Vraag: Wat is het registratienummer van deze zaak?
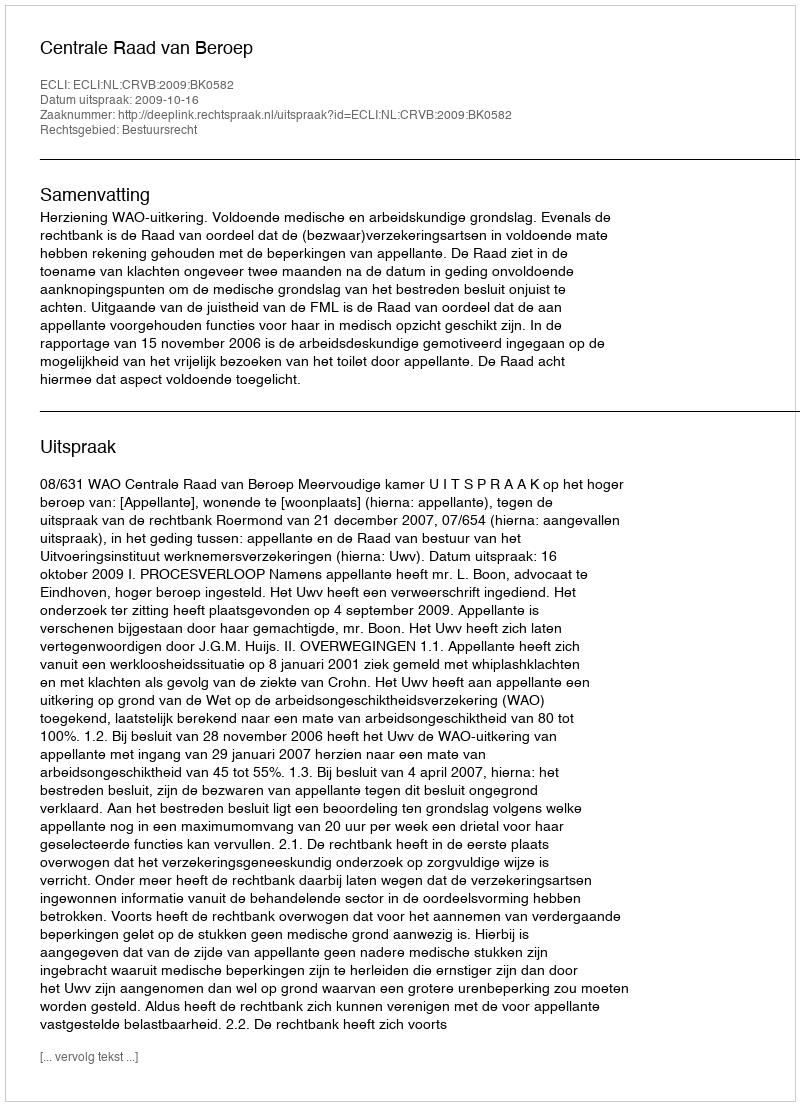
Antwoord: http://deeplink.rechtspraak.nl/uitspraak?id=ECLI:NL:CRVB:2009:BK0582